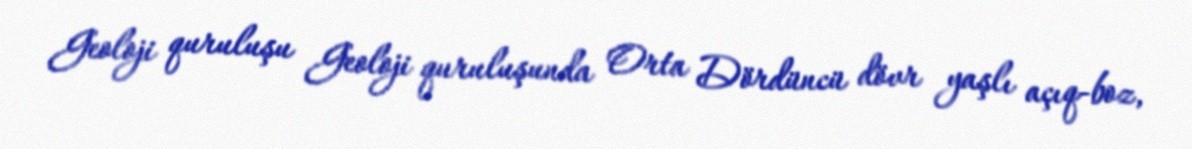
Geoloji quruluşu Geoloji quruluşunda Orta Dördüncü dövr yaşlı açıq-boz,